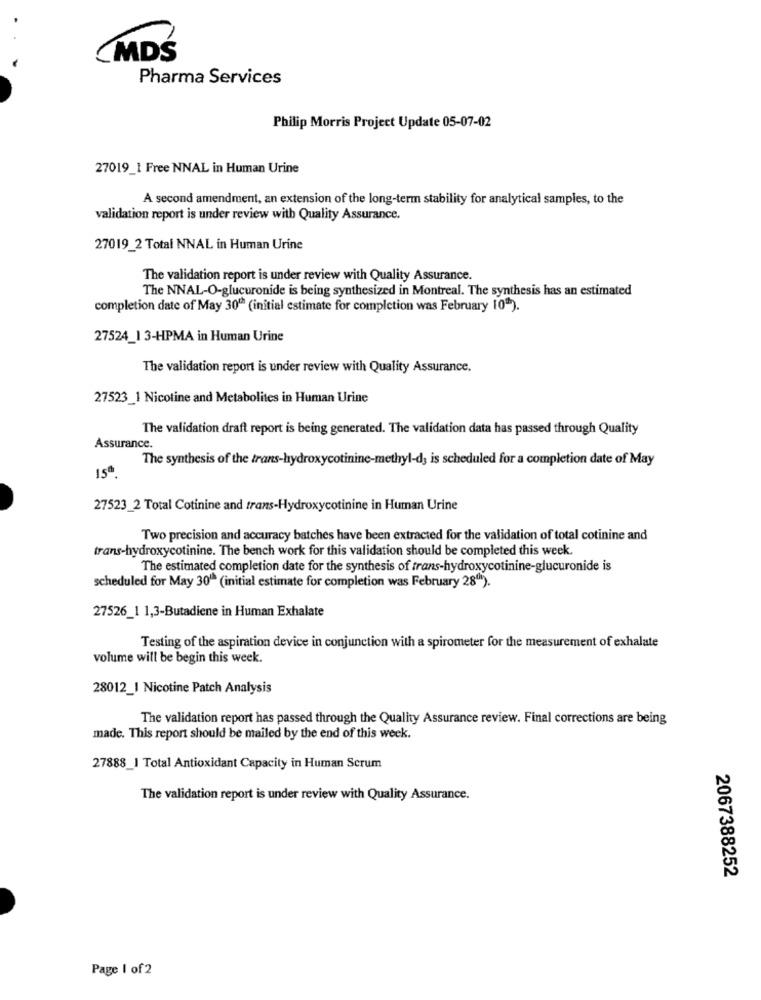
MDŚ
Pharma Services
Philip Morris Project Update 05-07-02
27019_1 Free NNAL in Human Urine
A second amendment, an extension of the long-term stability for analytical samples, to the
validation report is under review with Quality Assurance.
27019_2 Total NNAL in Human Urine
The validation report is under review with Quality Assurance.
The NNAL-O-glucuronide is being synthesized in Montreal. The synthesis has an estimated
completion date of May 301ª (initial estimate for completion was February 10").
27524_1 3-HPMA in Human Urine
The validation report is under review with Quality Assurance.
27523_1 Nicotine and Metabolites in Human Urine
The validation draft report is being generated. The validation data has passed through Quality
Assurance.
The synthesis of the trans-hydroxycotinine-methyl-ds is scheduled for a completion date of May
15ª
27523_2 Total Cotinine and trans-Hydroxycotinine in Human Urine
Two precision and accuracy batches have been extracted for the validation of total cotinine and
trans-hydroxycotinine. The bench work for this validation should be completed this week.
The estimated completion date for the synthesis of trans-hydroxycotinine-glucuronide is
scheduled for May 30" (initial estimate for completion was February 28"").
27526_1 1,3-Butadiene in Human Exhalate
Testing of the aspiration device in conjunction with a spirometer for the measurement of exhalate
volume will be begin this week.
28012_1 Nicotine Patch Analysis
The validation report has passed through the Quality Assurance review. Final corrections are being
made. This report should be mailed by the end of this week.
27888_I Total Antioxidant Capacity in Human Scrum
The validation report is under review with Quality Assurance.
2067388252
Page 1 of 2